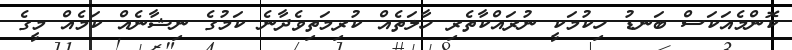
ކޮންމެއަކަސް ބަނޑު ހިކުމަކީ ނުރައްކާތެރި ހާލަތެއް ކުރިމަތިވެދާނެ ކަމުގެ ނިޝާނެއް ކަމެއް މީގެ